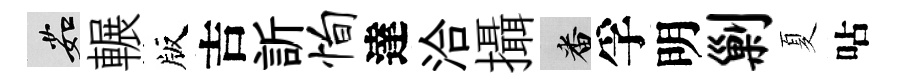
茹輾版吉訢恂達洽攝番孚明剿夏呫